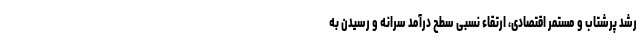
رشد پرشتاب و مستمر اقتصادی، ارتقاء نسبی سطح درآمد سرانه و رسیدن به